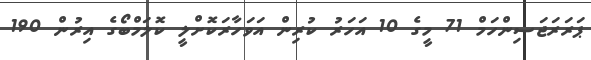
ޕަރަރަޖަސިންހަމް 71 މީގެ 10 އަހަރު ކުރިން އަވަހާރަކޮށްލީ ކޮލަމްބޯގެ އިރުން 190